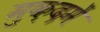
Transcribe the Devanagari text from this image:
मुक़दमें